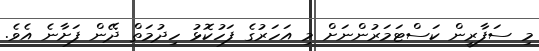
މި ސަފާރީން ކަސްޓަމަރުންނަށް މި އަހަރުގެ ފަހުކޮޅު ހިދުމަތް ދޭން ފަށާނެ އެވެ.